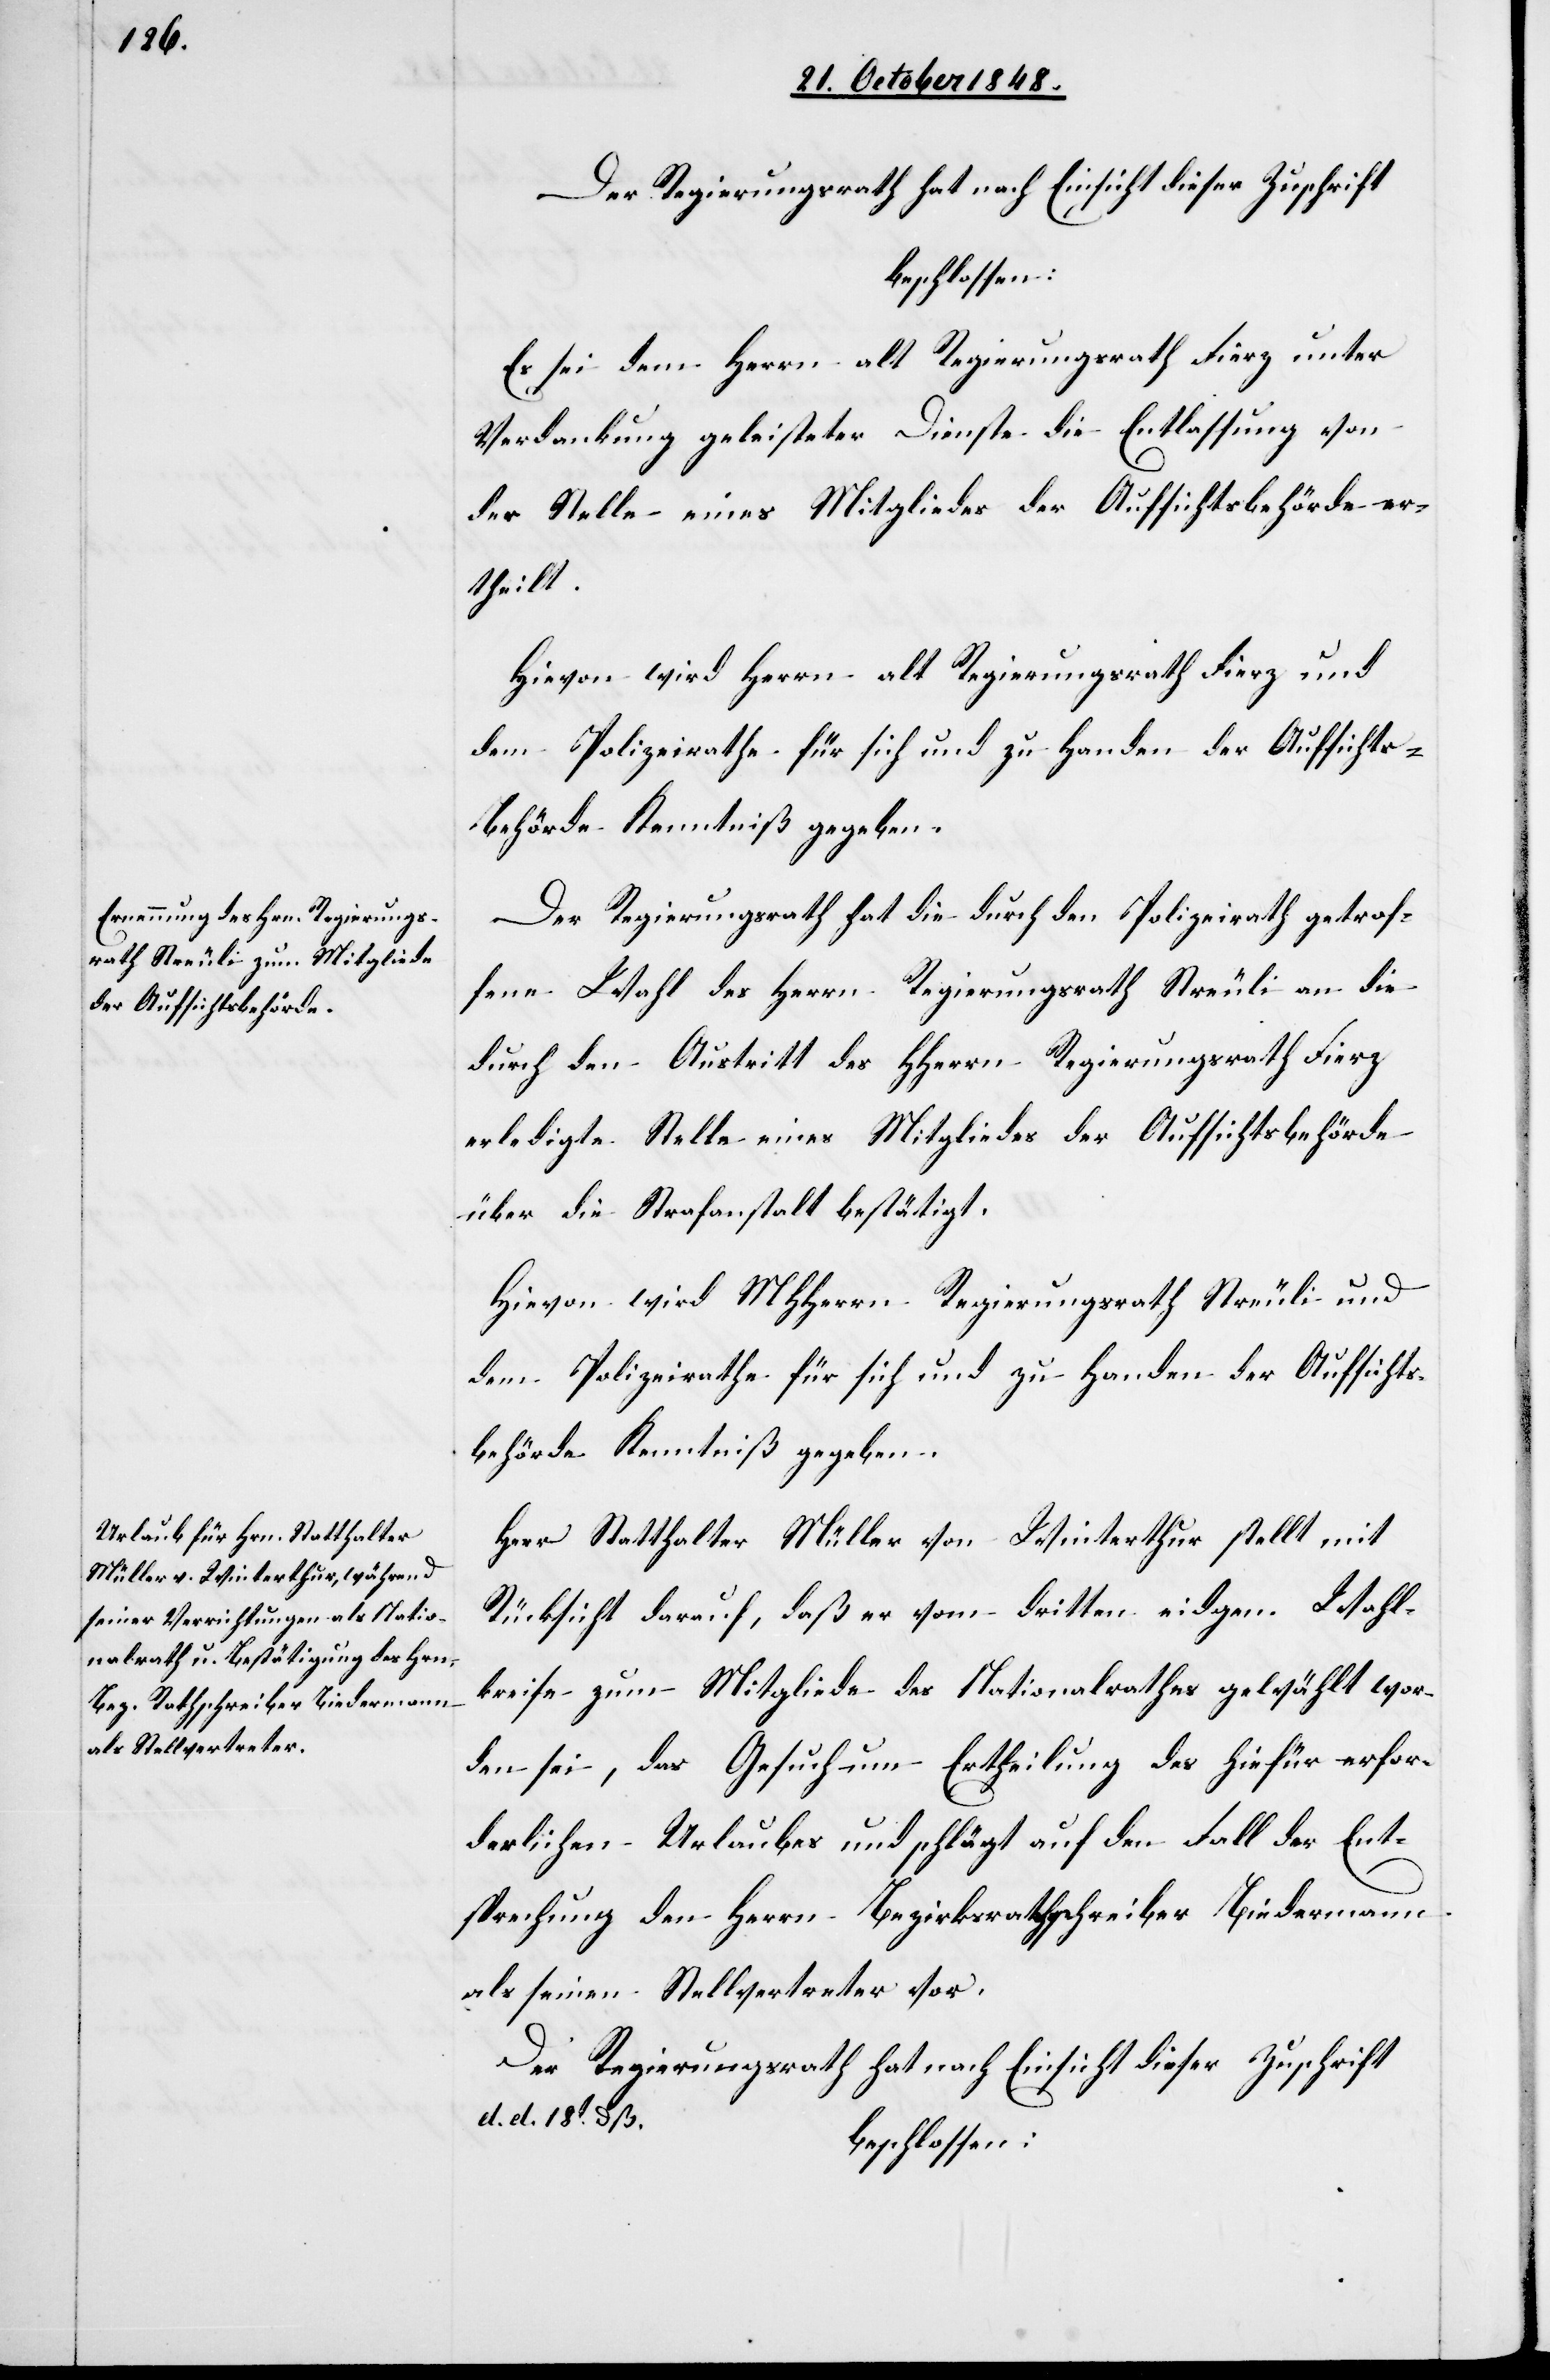
Der Regierungsrath hat nach Einsicht dieser Zuschrift
beschlossen:
Es sei dem Herrn alt Regierungsrath Fierz unter
Verdankung geleisteter Dienste die Entlassung von
der Stelle eines Mitgliedes der Aufsichtsbehörde er¬
theilt.
Hievon wird Herrn alt Regierungsrath Fierz und
dem Polizeirathe für sich und zu Handen der Aufsichts¬
behörde Kenntniß gegeben.
Der Regierungsrath hat die durch den Polizeirath getrof¬
fene Wahl des Herrn Regierungsrath Streuli an die
durch den Austritt des HHerrn Regierungsrath Fierz
erledigte Stelle eines Mitgliedes der Aufsichtsbehörde
über die Strafanstalt bestätigt.
Hievon wird MHHerrn Regierungsrath Streuli und
dem Polizeirathe für sich und zu Handen der Aufsichts¬
behörde Kenntniß gegeben.
Herr Statthalter Müller von Winterthur stellt mit
Rücksicht darauf, daß er vom dritten eidgen. Wahl¬
kreise zum Mitgliede des Nationalrathes gewählt wor¬
den sei, das Gesuch um Ertheilung des hiefür erfor¬
derlichen Urlaubes und schlägt auf den Fall der Ent¬
sprechung den Herrn Bezirksrathsschreiber Biedermann
als seinen Stellvertreter vor.
Der Regierungsrath hat nach Einsicht dieser Zuschrift
d. d. 18t dß.
beschlossen: